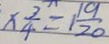
\times \frac { 3 } { 4 } = 1 \frac { 1 9 } { 2 0 }